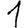
Digit: 1